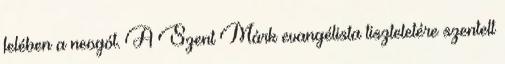
felében a neogót. A Szent Márk evangélista tiszteletére szentelt